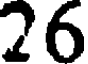
26